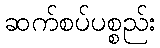
ဆက်စပ်ပစ္စည်း